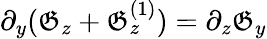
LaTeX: \partial_{y}(\mathfrak{G}_{z}+\mathfrak{G}_{z}^{(1)})=\partial_{z}\mathfrak{G}_{y}